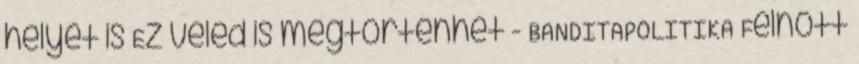
helyét is Ez veled is megtörténhet - BANDITAPOLITIKA Felnőtt